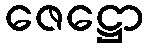
ဇေဋ္ဌော